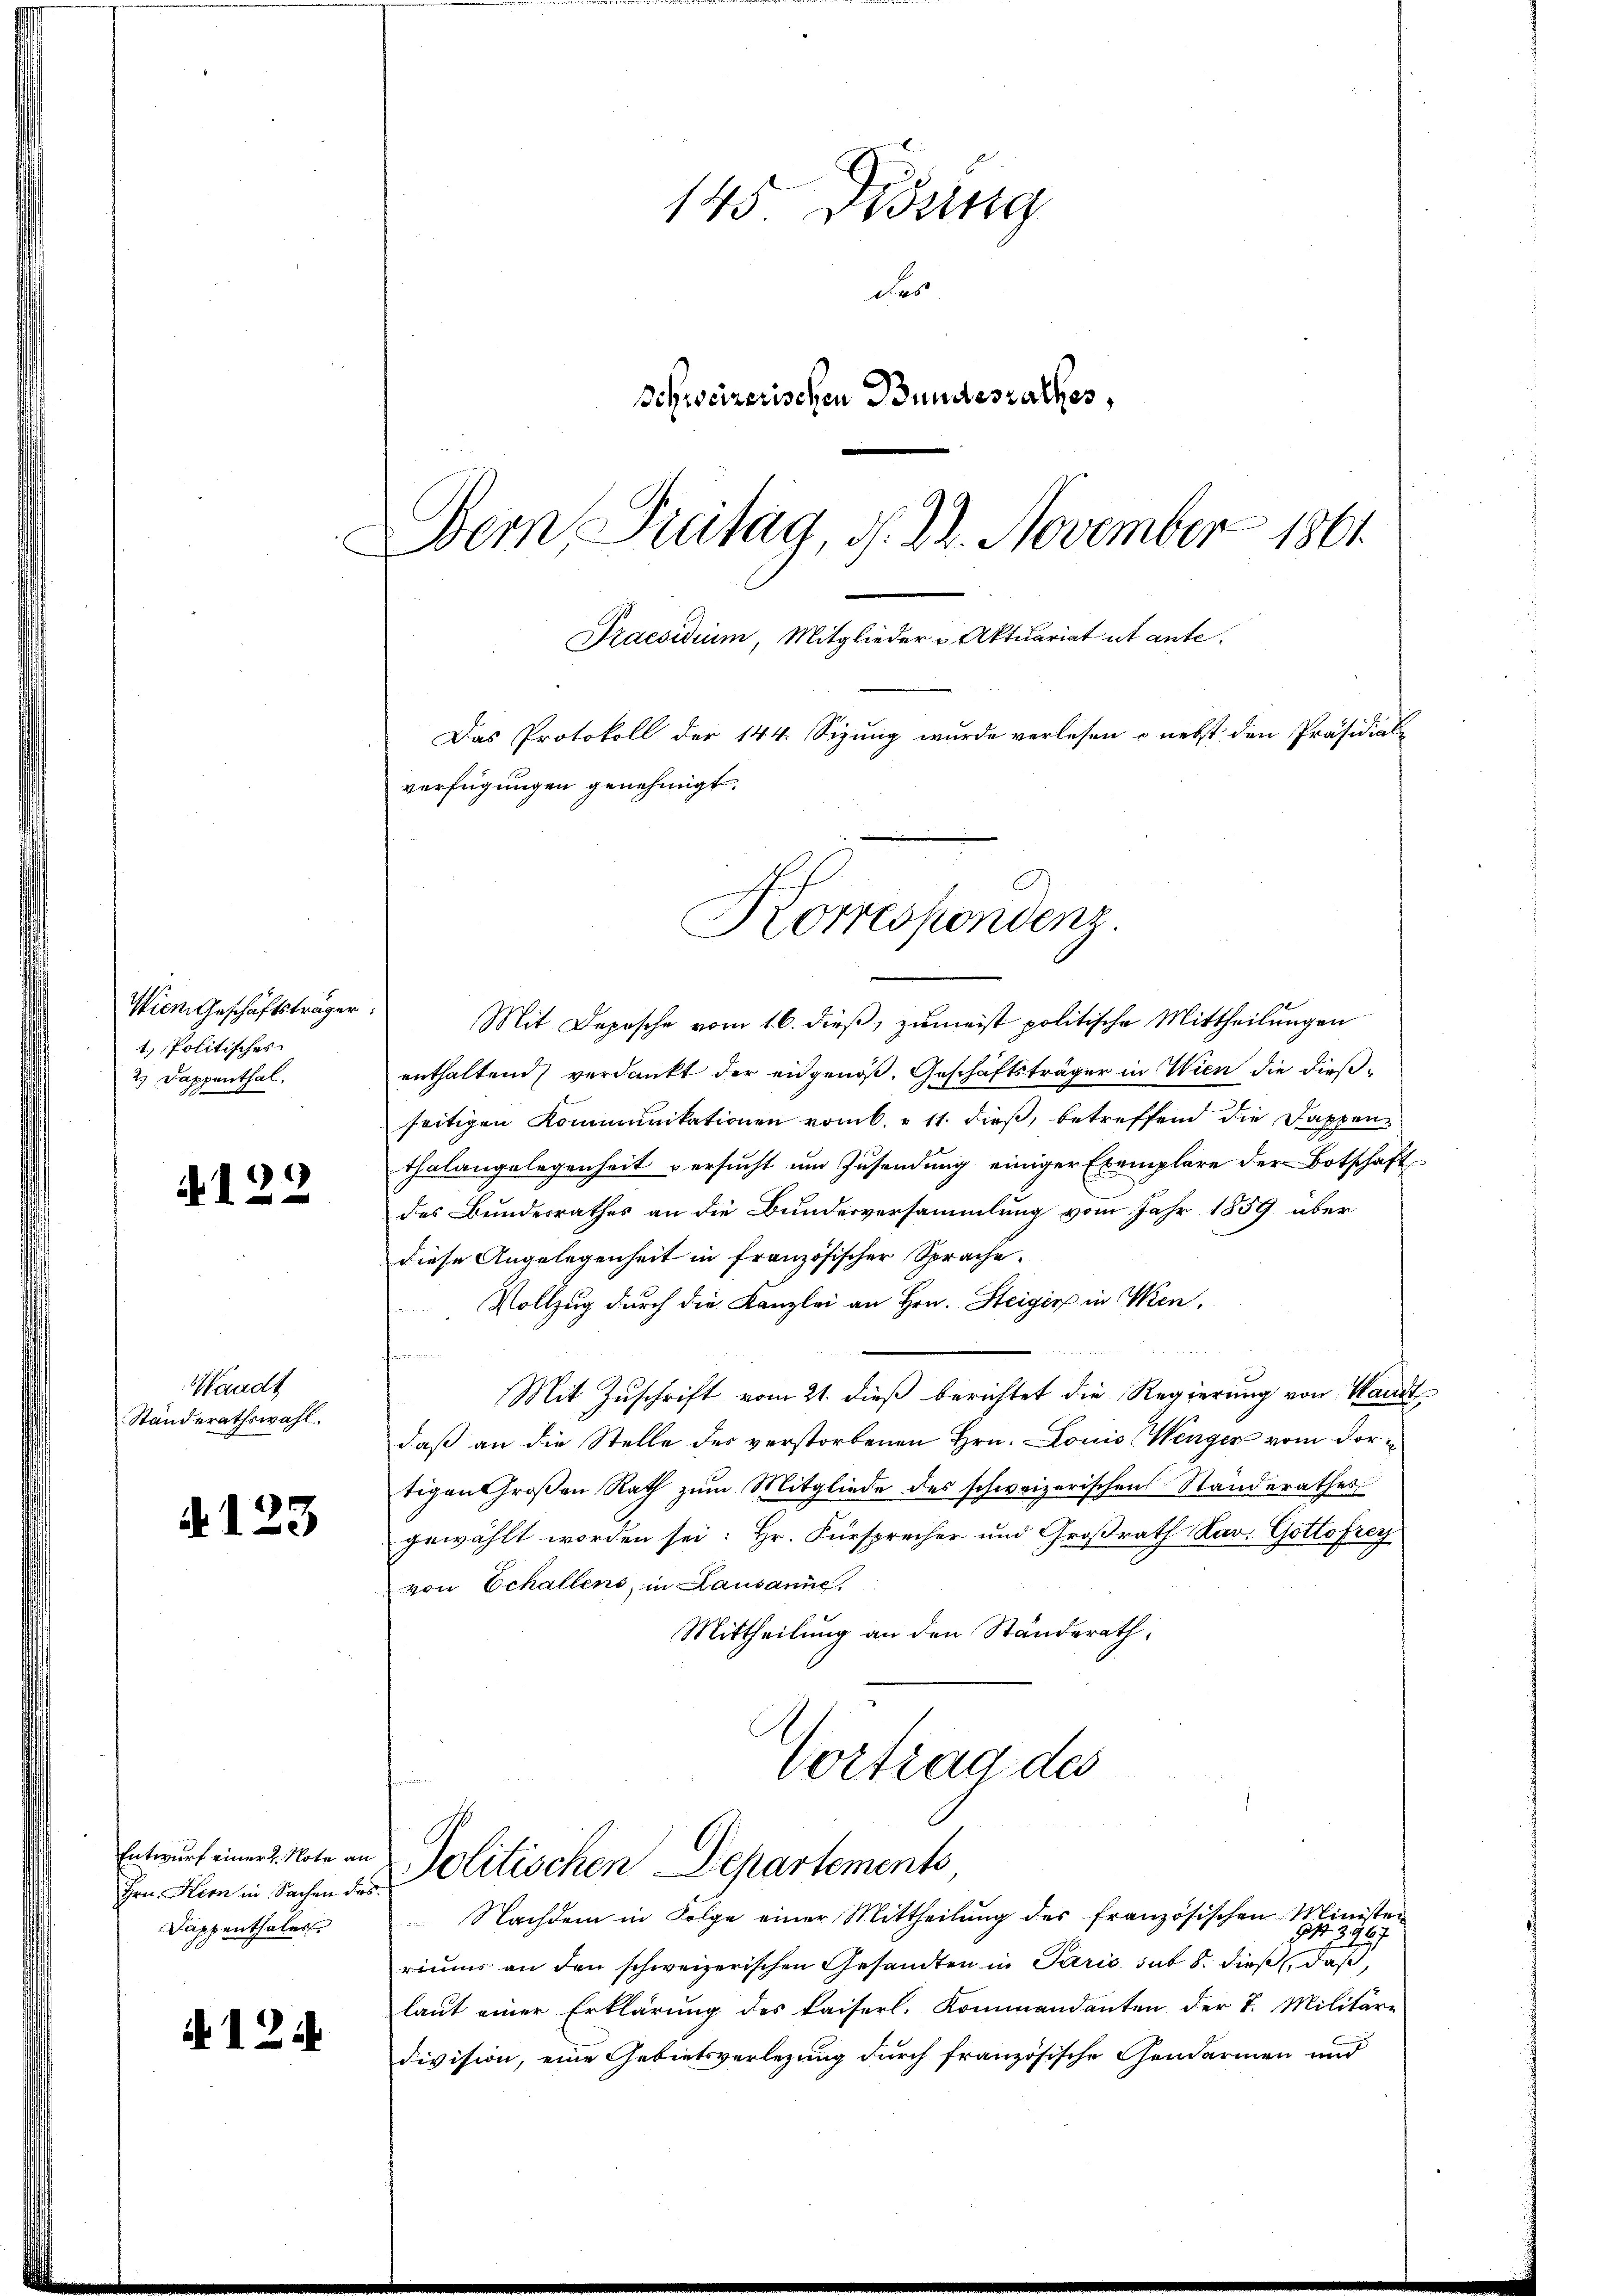
Wien Geschäftsträger
t. Politisches
2.) Dappenthal.

d. 122

Waadt
Standerathswahl.

A123

Entwurf einer Note an
Hrn. Kern in Sachen des
Suppenthaler

A124

145 Didung
des
Schweizerischen Bundesrathes,
Dem Puritag, d. 22. November 1861
Praesidium, Mitglieder u Aktuariat ut ante.
Das Protokoll der 144. Sizung wurde verlesen - nebst den Präsidial-
verfügungen genehmigt.

Korrespondenz

Mit Depesche vom 16. dieß, zumeist politische Mittheilungen
enthaltend verdankt der eidgenöß. Geschäftsträger in Wien die dießseitigen Kommunikationen vom 6. & 11. dieß, betreffend die Dappenthalangelegenheit versucht um Zusendung einiger Exemplare der Botschaft
des Bundesrathes an die Bundesversammlung vom Jahr 1859, über
diese Angelegenheit in französischer Sprache.
Vollzug durch die Kanzlei an Hrn. Steiger in Ven.
u
Mit Zuschrift vom 21. dieß berichtet die Regierung von Waadt
daß an die Stelle des verstorbenen Hrn. Louis (Wenger vom dortigen Großen Rath zum Mitgliede des schweizerischen Standerathes
gewählt worden sei: Hr. Fürsprecher und Großrath Sav. Gottofrey
von Echallens, in Lausanne,
Mittheilung an den Ständerath,
Vortrag des

Politischen Departements

Nachdem in Folge einer Mittheilŭng des französischen Ministen
riums an den schweizerischen Gesandten in Paris sub 8. dieß daß,
laut einer Erklärung des kaiserl. Kommandanten der 7. Militäre
division, eine Gebietsverlegung durch französische Gendarmen und

13967